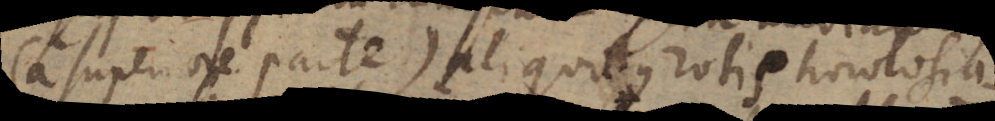
(a superiore parte) aliquibus rotis horologia-